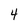
Character: 4